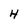
Character: H